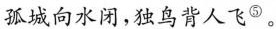
孤城向水闭，独鸟背人飞^{⑤}。